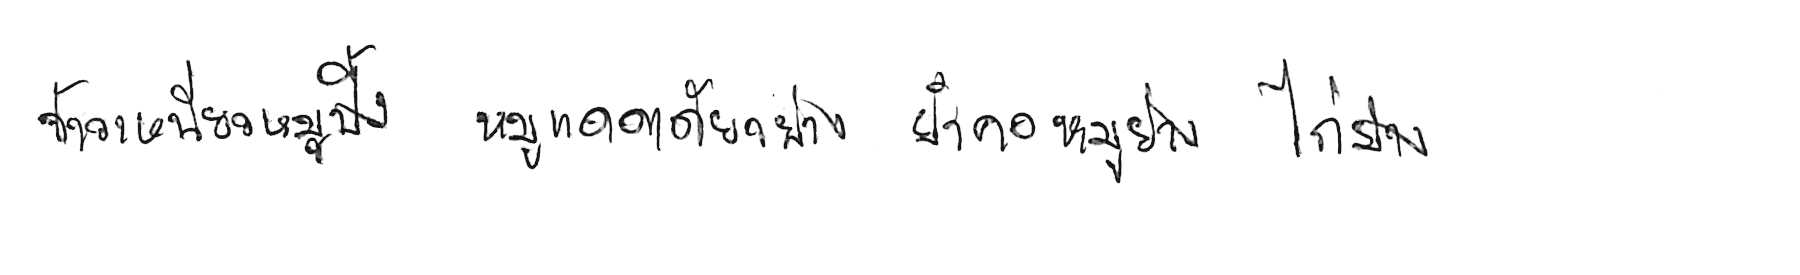
ข้าวเหนียวหมูปิ้ง หมูแดดเดียวย่าง ยำคอหมูย่าง ไก่ย่าง